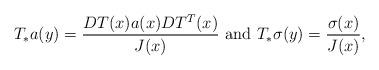
LaTeX: \begin{align*}T_*a(y) = \frac{D T (x) a(x) D T ^{T}(x)}{J(x)} \mbox{ and } T_*\sigma(y) = \frac{\sigma(x)}{J(x)}, \end{align*}